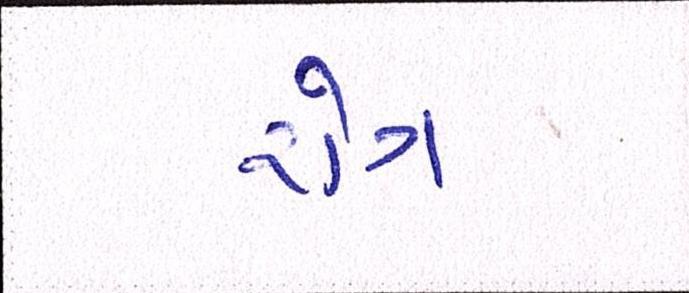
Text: રોગ